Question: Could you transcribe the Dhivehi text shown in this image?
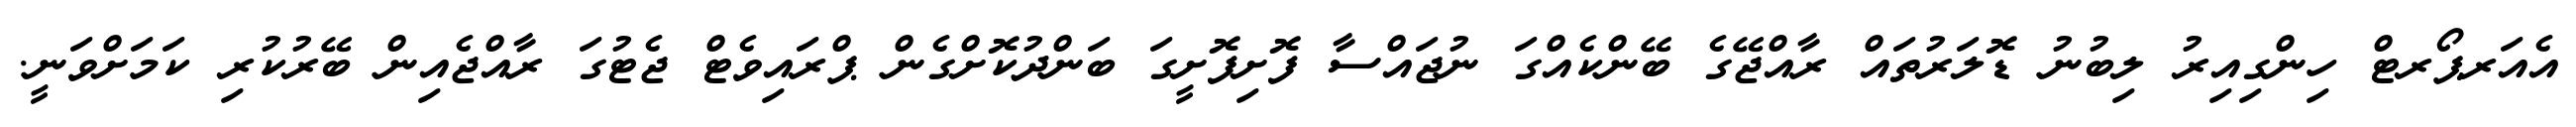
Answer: އެއަރޕޯރޓް ހިންގިއިރު ލިބުނު ޑޮލަރުތައް ރާއްޖޭގެ ބޭންކެއްގަ ނުޖައްސާ ފޮށިފޮށީގަ ބަންދުކޮށްގެން ޕްރައިވެޓް ޖެޓުގަ ރާއްޖެއިން ބޭރުކުރި ކަމަށްވަނީ.